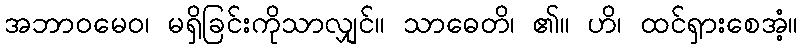
အဘာဝမေဝ၊ မရှိခြင်းကိုသာလျှင်။ သာဓေတိ၊ ၏။ ဟိ၊ ထင်ရှားစေအံ့။